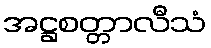
အဋ္ဌစတ္တာလီသံ